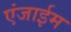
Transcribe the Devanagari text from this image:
एंजाईम